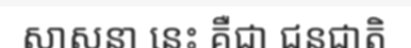
សាសនា នេះ គឺជា ជនជាតិ